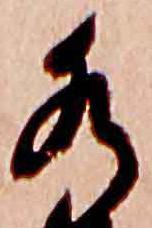
水